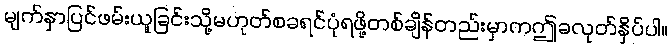
မျက်နှာပြင်ဖမ်းယူခြင်းသို့မဟုတ်စခရင်ပုံရဖို့တစ်ချိန်တည်းမှာကဤခလုတ်နှိပ်ပါ။